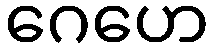
ဂေဟေ